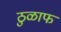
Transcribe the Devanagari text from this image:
ठुळाफ